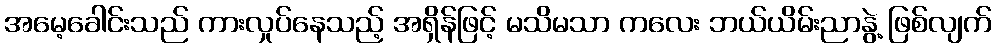
အမေ့ခေါင်းသည် ကားလှုပ်နေသည့် အရှိန်ဖြင့် မသိမသာ ကလေး ဘယ်ယိမ်းညာနွဲ့ ဖြစ်လျက်